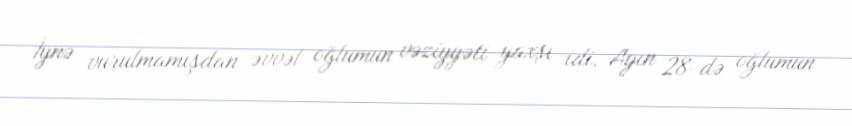
İynə vurulmamışdan əvvəl oğlumun vəziyyəti yaxşı idi. Ayın 28-də oğlumun